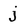
Character: j